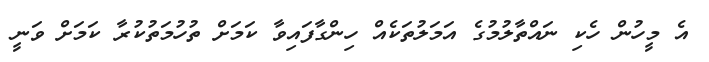
އެ މީހުން ހެކި ނައްތާލުމުގެ އަމަލުތަކެއް ހިންގާފައިވާ ކަމަށް ތުހުމަތުކުރާ ކަމަށް ވަނީ